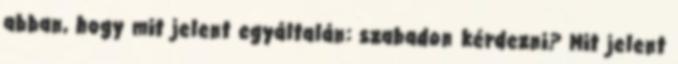
abban, hogy mit jelent egyáltalán: szabadon kérdezni? Mit jelent